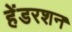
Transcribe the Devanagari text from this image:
हेंडरशन